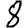
Digit: 8